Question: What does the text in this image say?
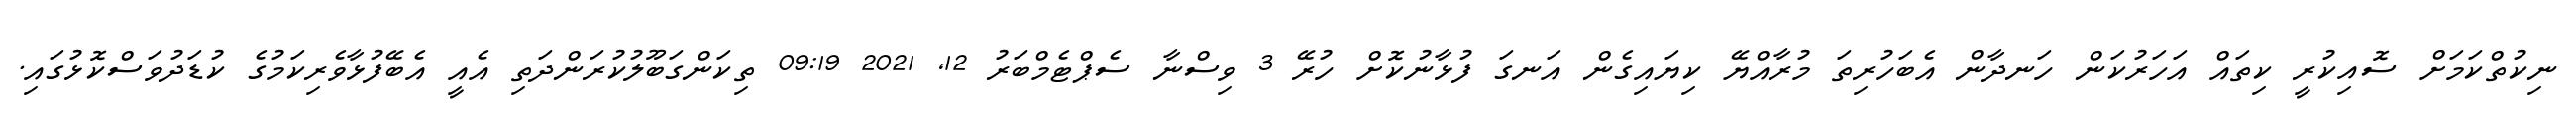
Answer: ނިކުތްކަމަށް ސޮއިކުރީ ކިތައް އަހަރުކަން ހަނދާން އެބަހުރިތަ މުރާއްޔޭ ކިޔައިގެން އަނގަ ފުޅާނުކޮށް ހުރޭ 3 ވިސްނާ ސެޕްޓެމްބަރު 12, 2021 09:19 ތިކަންގަބޫލުކުރަންދަތި އެއީ އެބޭފުޅާވެރިކަމުގެ ކުޑަދުވަސްކޮޅުގައި.